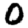
Digit: 0